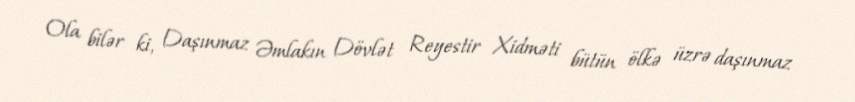
Ola bilər ki, Daşınmaz Əmlakın Dövlət Reyestir Xidməti bütün ölkə üzrə daşınmaz